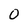
Character: 0